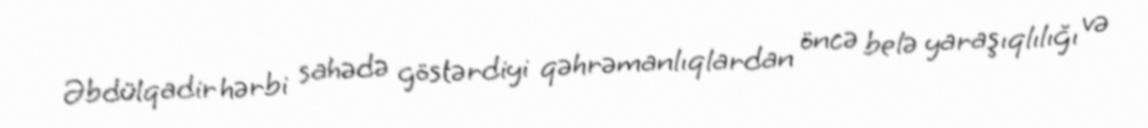
Əbdülqadir hərbi sahədə göstərdiyi qəhrəmanlıqlardan öncə belə yaraşıqlılığı və